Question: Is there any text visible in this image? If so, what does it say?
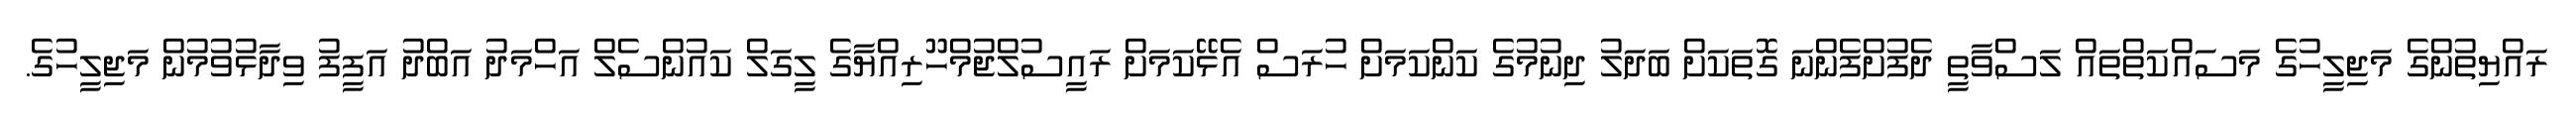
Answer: ރައްޔިތުންގެ މަޖިލީހުގެ މަސައްކަތްތައް ލަސްވާތީ ދެފުށްފެންނަ ގޮތަކަށް ބަދަލު ދިނުމުގެ ކަންކަމަށް ހުރަސް އެޅޭކަމަށް ރައީސުލްޖުމްހޫރިއްޔާގެ ލީގަލް ކައުންސެލް އަހްމަދު އަބްދު އަފީފު ވިދާޅުވުމުން މަޖިލީހުގެ.